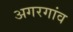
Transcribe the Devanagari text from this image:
अगरगांव